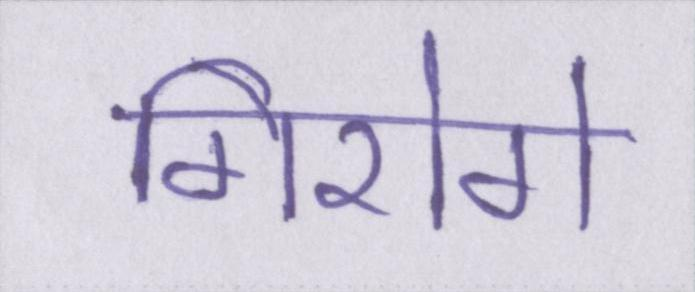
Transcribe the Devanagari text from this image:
गिरोगे